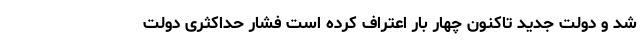
شد و دولت جدید تاکنون چهار بار اعتراف کرده است فشار حداکثری دولت